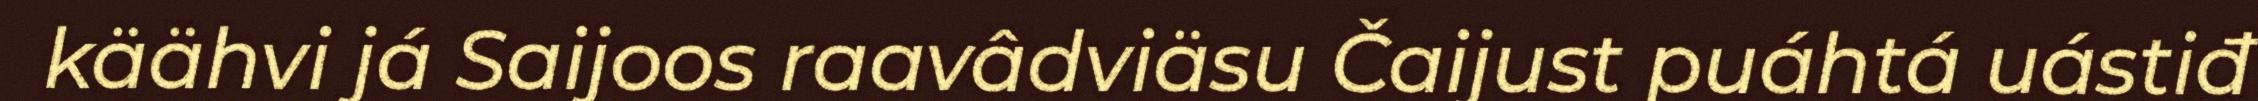
käähvi já Saijoos raavâdviäsu Čaijust puáhtá uástiđ